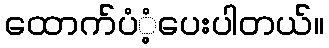
ထောက်ပံံ့ပေးပါတယ်။